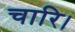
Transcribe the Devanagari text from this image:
चारि।